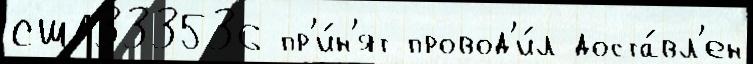
США333536 пр'и́н'ят провод'и́л доста́вл'ен